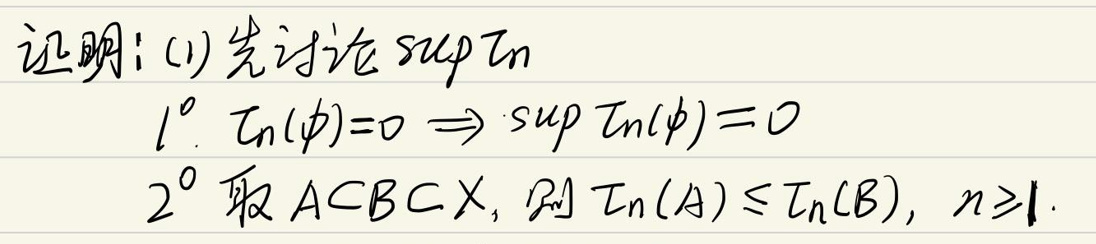
证明：(i) 先讨论 $\sup T_n$

$1^0$. $T_n(\phi)=0 \Rightarrow \sup T_n(\phi)=0$

$2^0$. 取 $ACBCX$，使得 $T_n(A)\leq T_n(B), n\geq 1$.